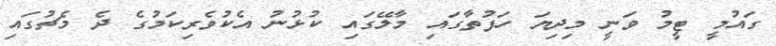
ގައުމީ ޓީމު ވަނީ މިދިޔަ ހަފުތާގައި މާލޭގައި ކުޅުނު އެކުވެރިކަމުގެ ދެ މެޗުގައި